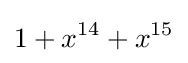
1+x^{14}+x^{15}